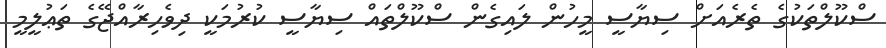
ސްކޫލްތަކުގެ ތެރެއަށް ސިޔާސީ މީހުން ލައިގެން ސްކޫލްތައް ސިޔާސީ ކުރުމަކީ ދިވެހިރާއްޖޭގެ ތަޢުލީމީ